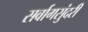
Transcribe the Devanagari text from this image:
सर्वागसुंदरी